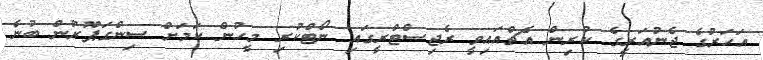
އަހަރުގެ ޖެނުއަރީގެ ކުރިން އެޗްއައިވީ ރެޖިސްޓްރީގައި ނޯޓްކުރި މީހުން ކަމަށް ސިންގަޕޫރުން ބުނެ